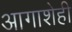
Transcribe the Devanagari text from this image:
आगाशेही